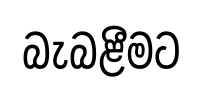
බැබළීමට